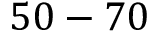
5 0 - 7 0 \